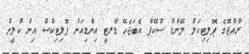
ރާއްޖޭގެ ޕޮލިޓިކަލް ލޭންޑް ސްކޭޕް އެބަޖެހޭ ޑާރޓީ އިންޑިއަން ޕޮލިޓިކްސް އިން ކްލީން